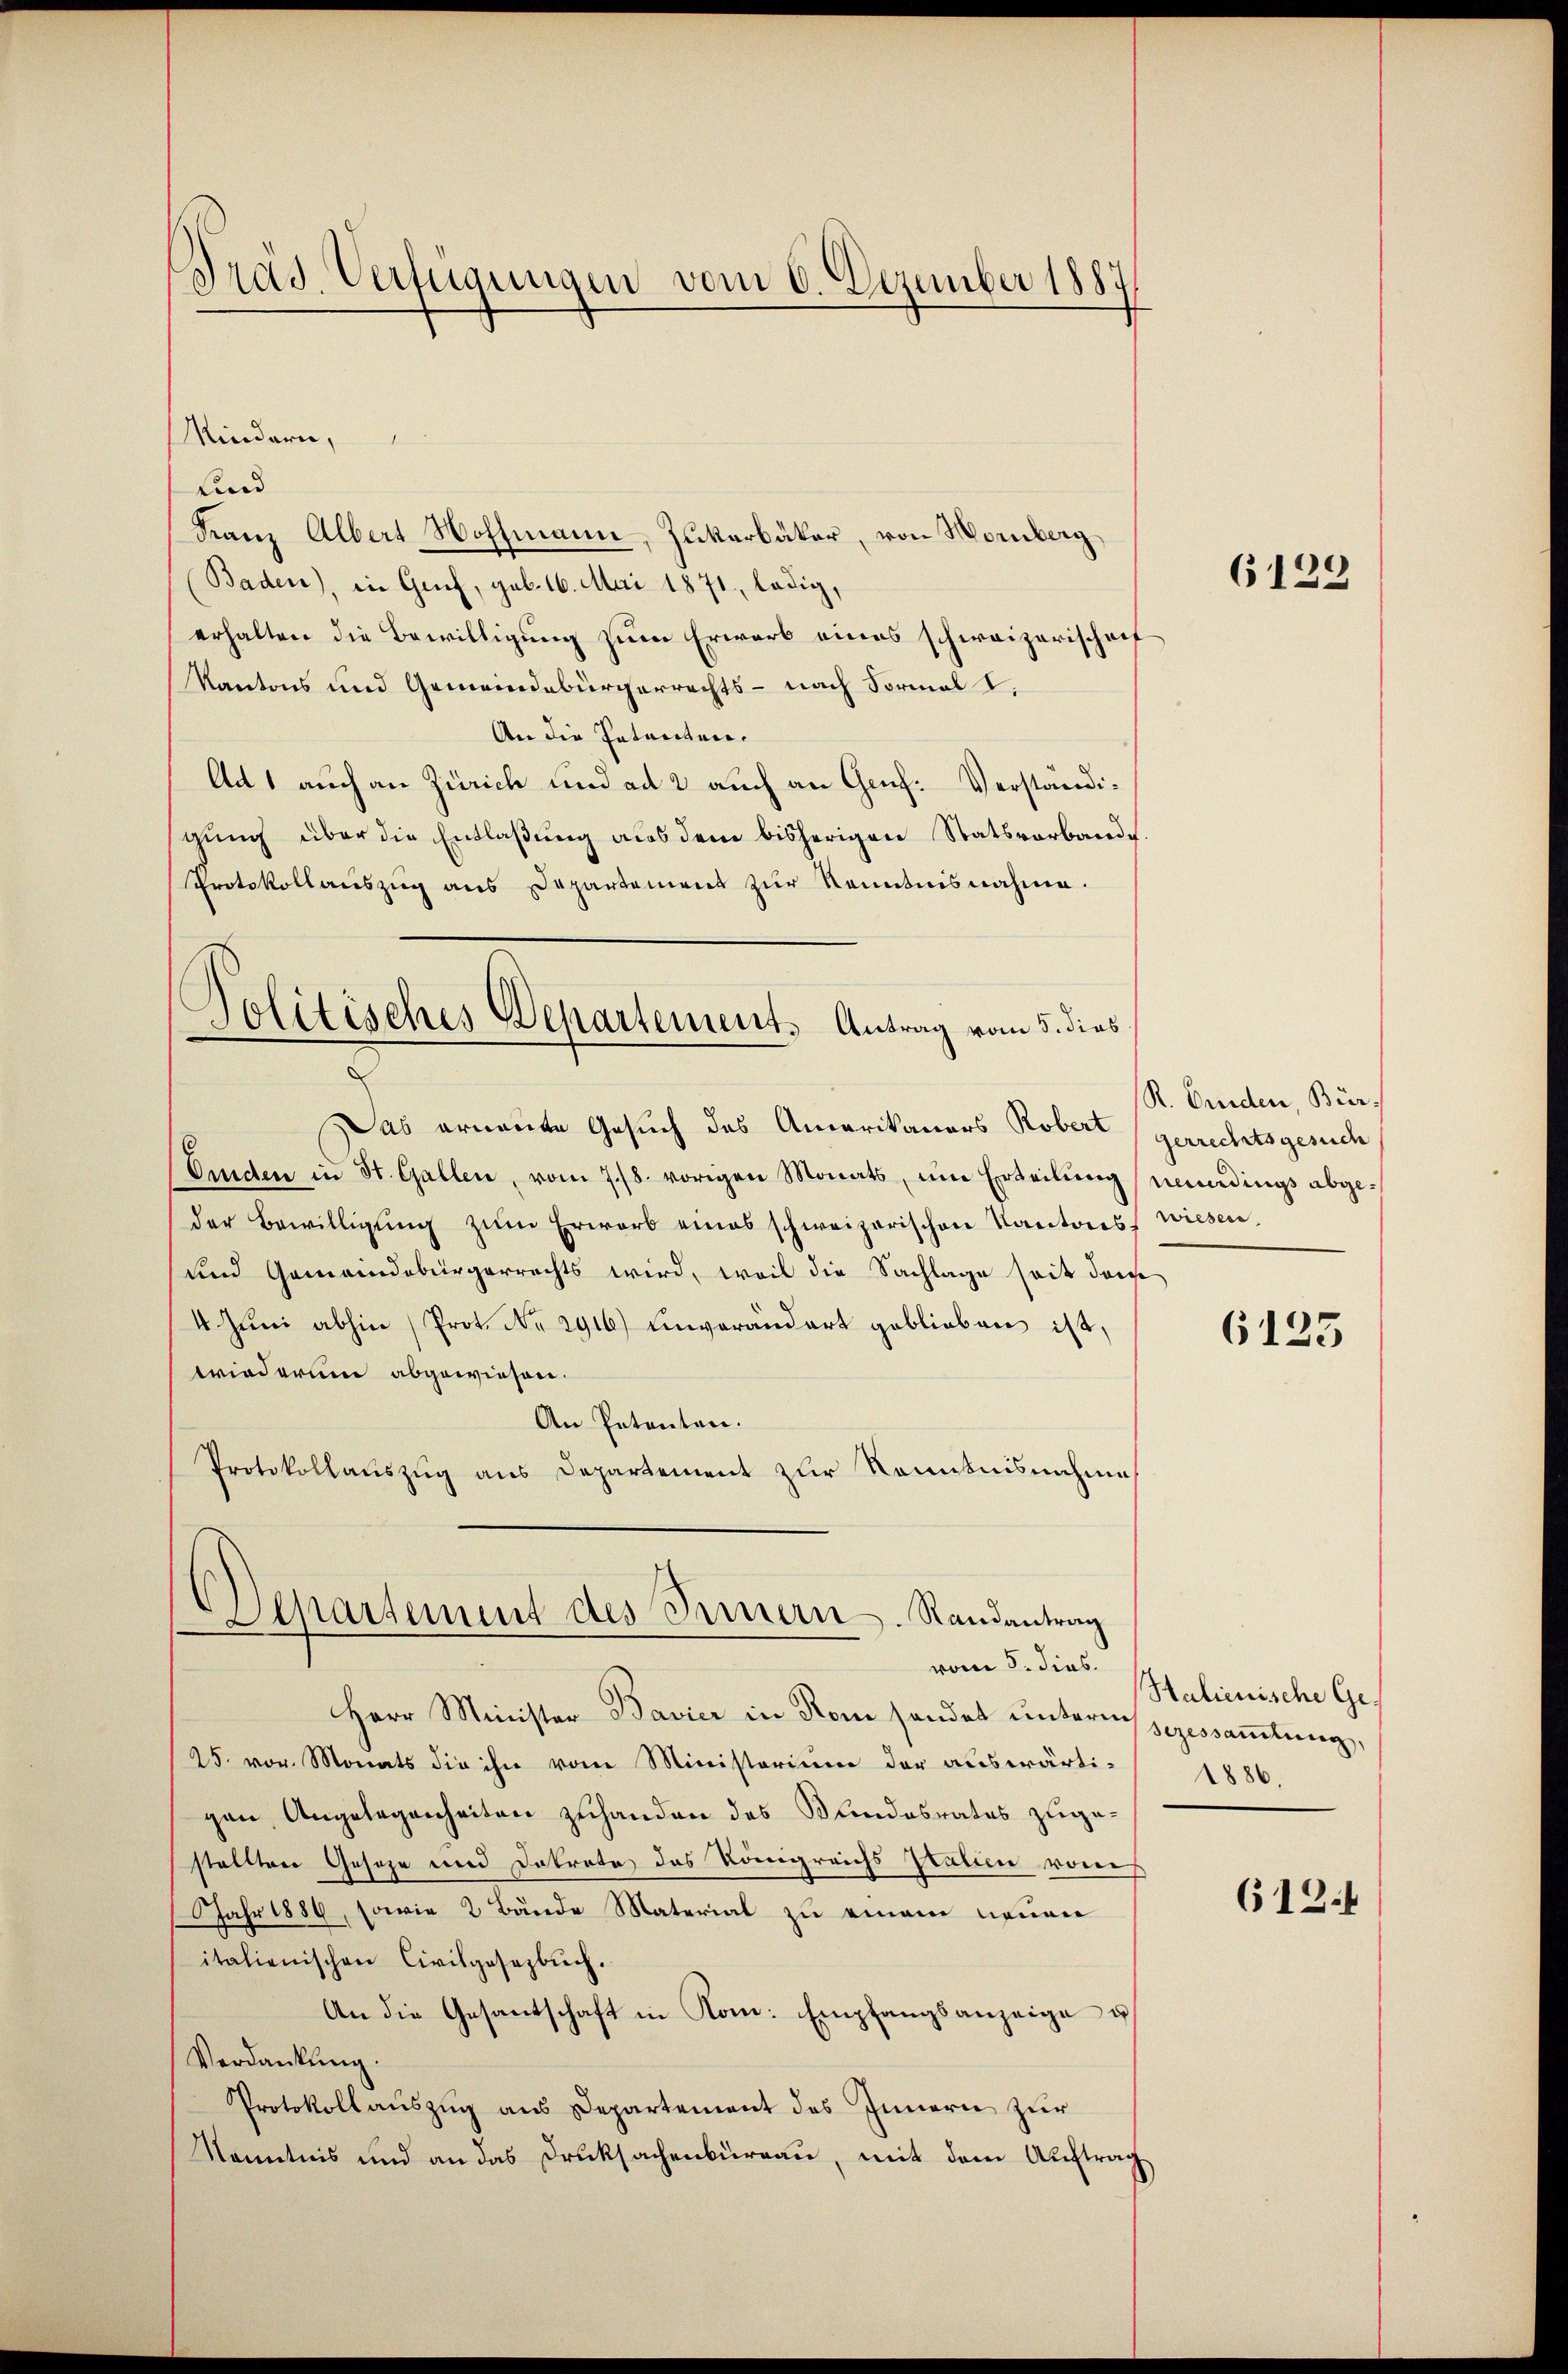
Prad. Verfügungen vom 6. Dezember 1887

Mindern,
uind
Franz Albert Hoffmann-Zukerbäter, von Homberg
Baden), in Genf, geb. 16. Mai 1871, ledig,
erhalten die Bewilligung zum Erwarb eines schweizerischof
Kantons und Gemeindebürgerrechts - nach Formal I
An die Patenten.
Ad 1 auch an Zürich und ad 2 auch an Genf. Verständigung über die Entlaßung aus dem bisherigen Statsverbande
Protokollauszug aus Departement zur Kenntnisnahme.
Das ernannte Gesuch des Amerikaners Robert
Eiden in St. Gallen, vom 7./8. vorigen Monats, um Erteilŭng
der Bewilligŭng zŭm Erwarb eines schweizerischen Kantons wiesen.
und Gemeindebürgerrechts wird, weil die Sachlage soit deine
4 Jŭni abhin (Prot. Nr. 2916) unverändert geblieben ist,
wiederum abgewiesen.
An Petenten.
Protokollauszug aus Departement zur Kenntnisnahme
Departement des Innern. Randantrag
¬
vom 5. dies.
Herr Minister Bavier in Rom sendet unterm zugessammlung,
25. vor. Monats die ihn vom Ministerium der auswärtigen Angelegenheiten zuhanden des Bundesrates zugestelltere Geseze und Dekrete des Königreichs Italien vore
Jahr 1886, sowie 2 Bände Material zu einem neuen
italienischen Civilgesezbŭch.
An die Gesantschaft in Kom: Empfangsanzeige u
Verdankung.
Protokollauszug aus Departement des Innern zur
Kenntnis und an das Drucksachenbüreau, mit dem Auftrag

Dolitisches Departement. Antrag vom 5. dies

6129

R. Orden, Bürgerrechtsgesuch
neuerdings abge¬

6125

Halienische Ge¬
1886.

612.4